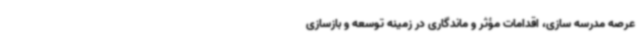
عرصه مدرسه سازی، اقدامات مؤثر و ماندگاری در زمینه توسعه و بازسازی